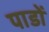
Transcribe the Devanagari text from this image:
पाडों